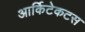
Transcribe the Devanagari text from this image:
आर्किटेकटस